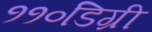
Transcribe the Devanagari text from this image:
११०डिग्री